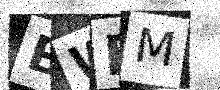
Text: BWEM